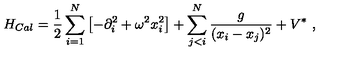
H _ { C a l } = { \frac { 1 } { 2 } } \sum _ { i = 1 } ^ { N } \left[ - \partial _ { i } ^ { 2 } + \omega ^ { 2 } x _ { i } ^ { 2 } \right] + \sum _ { j < i } ^ { N } \frac g { ( x _ { i } - x _ { j } ) ^ { 2 } } + V ^ { * } \ ,